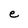
Character: e